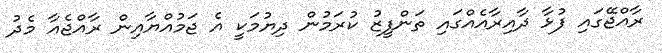
ރާއްޖޭގައި ފުޅާ ދާއިރާއެއްގައި ތަންފީޒު ކުރަމުން ދިޔުމަކީ އެ ޖަމުއްޔާއިން ރާއްޖެއާ މެދު